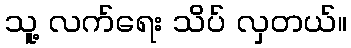
သူ့ လက်ရေး သိပ် လှတယ်။